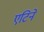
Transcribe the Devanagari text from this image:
एटिने